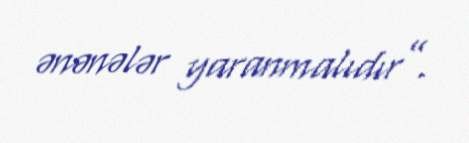
ənənələr yaranmalıdır”.